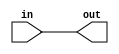
module fpu_rptr_fp_cpx_grp16 (
	in,
	out
);
	input [15:0] in;
	output [15:0] out;
	assign out[15:0] = in[15:0];
endmodule